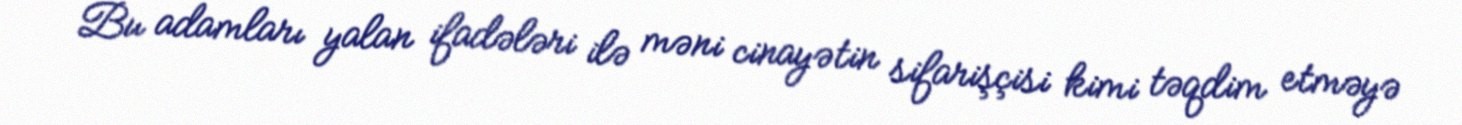
Bu adamları yalan ifadələri ilə məni cinayətin sifarişçisi kimi təqdim etməyə